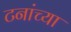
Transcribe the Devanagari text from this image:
टनांच्या